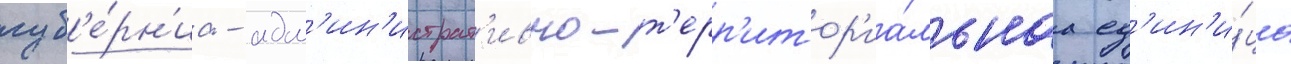
губ'е́рн'иа - адм'ин'истрат'ивно-т'ерр'итор'иа́льнаа ед'ин'и́ца